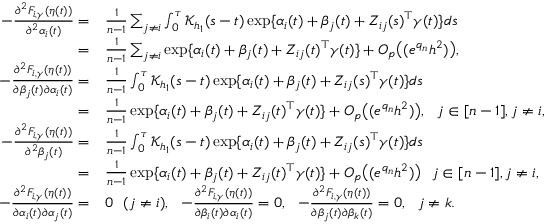
\begin{array} { r l } { - \frac { \partial ^ { 2 } F _ { i , \gamma } ( \eta ( t ) ) } { \partial ^ { 2 } \alpha _ { i } ( t ) } = } & { \frac { 1 } { n - 1 } \sum _ { j \neq i } \int _ { 0 } ^ { \tau } \mathcal { K } _ { h _ { 1 } } ( s - t ) \exp \{ \alpha _ { i } ( t ) + \beta _ { j } ( t ) + Z _ { i j } ( s ) ^ { \top } \gamma ( t ) \} d s } \\ { = } & { \frac { 1 } { n - 1 } \sum _ { j \neq i } \exp \{ \alpha _ { i } ( t ) + \beta _ { j } ( t ) + Z _ { i j } ( t ) ^ { \top } \gamma ( t ) \} + O _ { p } \big ( ( e ^ { q _ { n } } h ^ { 2 } ) \big ) , } \\ { - \frac { \partial ^ { 2 } F _ { i , \gamma } ( \eta ( t ) ) } { \partial \beta _ { j } ( t ) \partial \alpha _ { i } ( t ) } = } & { \frac { 1 } { n - 1 } \int _ { 0 } ^ { \tau } \mathcal { K } _ { h _ { 1 } } ( s - t ) \exp \{ \alpha _ { i } ( t ) + \beta _ { j } ( t ) + Z _ { i j } ( s ) ^ { \top } \gamma ( t ) \} d s } \\ { = } & { \frac { 1 } { n - 1 } \exp \{ \alpha _ { i } ( t ) + \beta _ { j } ( t ) + Z _ { i j } ( t ) ^ { \top } \gamma ( t ) \} + O _ { p } \big ( ( e ^ { q _ { n } } h ^ { 2 } ) \big ) , ~ ~ j \in [ n - 1 ] , j \neq i , } \\ { - \frac { \partial ^ { 2 } F _ { i , \gamma } ( \eta ( t ) ) } { \partial ^ { 2 } \beta _ { j } ( t ) } = } & { \frac { 1 } { n - 1 } \int _ { 0 } ^ { \tau } \mathcal { K } _ { h _ { 1 } } ( s - t ) \exp \{ \alpha _ { i } ( t ) + \beta _ { j } ( t ) + Z _ { i j } ( s ) ^ { \top } \gamma ( t ) \} d s } \\ { = } & { \frac { 1 } { n - 1 } \exp \{ \alpha _ { i } ( t ) + \beta _ { j } ( t ) + Z _ { i j } ( t ) ^ { \top } \gamma ( t ) \} + O _ { p } \big ( ( e ^ { q _ { n } } h ^ { 2 } ) \big ) ~ ~ j \in [ n - 1 ] , j \neq i , } \\ { - \frac { \partial ^ { 2 } F _ { i , \gamma } ( \eta ( t ) ) } { \partial \alpha _ { i } ( t ) \partial \alpha _ { j } ( t ) } = } & { 0 ~ ~ ( j \neq i ) , ~ ~ - \frac { \partial ^ { 2 } F _ { i , \gamma } ( \eta ( t ) ) } { \partial \beta _ { i } ( t ) \partial \alpha _ { i } ( t ) } = 0 , ~ ~ - \frac { \partial ^ { 2 } F _ { i , \gamma } ( \eta ( t ) ) } { \partial \beta _ { j } ( t ) \partial \beta _ { k } ( t ) } = 0 , ~ ~ j \neq k . } \end{array}